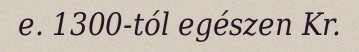
e. 1300-tól egészen Kr.